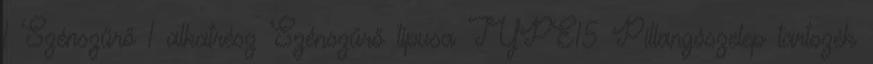
1 Szénszűrő 1 alkatrész Szénszűrő típusa TYPE15 Pillangószelep tartozék